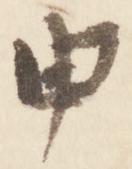
申